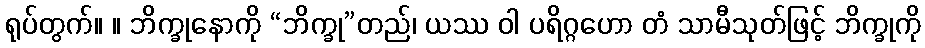
ရုပ်တွက်။ ။ ဘိက္ခုနောကို “ဘိက္ခု”တည်၊ ယဿ ဝါ ပရိဂ္ဂဟော တံ သာမီသုတ်ဖြင့် ဘိက္ခုကို